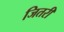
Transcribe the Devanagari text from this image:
जितरी